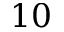
1 0